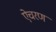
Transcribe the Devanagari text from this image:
ऐचरण